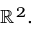
\mathbb { R } ^ { 2 } .